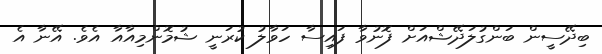
ބިދޭސީން ބަންގުލަދޭޝްއަށް ފޮނުވާ ފައިސާ ހަވާލު ކުރަނީ ޝުމޮންމިއާއާ އެވެ. އޭނާ އެ